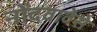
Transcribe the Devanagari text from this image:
नोंदवावेसे